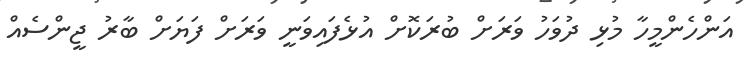
އަންހެންމީހާ މުޅި ދުވަހު ވަރަށް ބުރަކޮށް އުޅެފައިވަނީ ވަރަށް ފަޔަށް ބާރު ޖީންސެއް